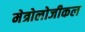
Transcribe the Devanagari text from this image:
मेत्रोलोजीकल